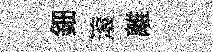
鈿滚離